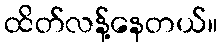
ထိတ်လန့်နေတယ်။